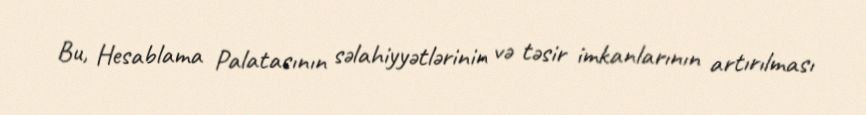
Bu, Hesablama Palatasının səlahiyyətlərinin və təsir imkanlarının artırılması